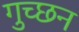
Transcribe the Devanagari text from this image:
गुच्छन